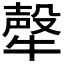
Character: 𤛗